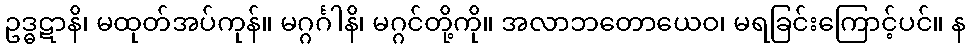
ဥဒ္ဓဋာနိ၊ မထုတ်အပ်ကုန်။ မဂ္ဂင်္ဂါနိ၊ မဂ္ဂင်တို့ကို။ အလာဘတောယေဝ၊ မရခြင်းကြောင့်ပင်။ န